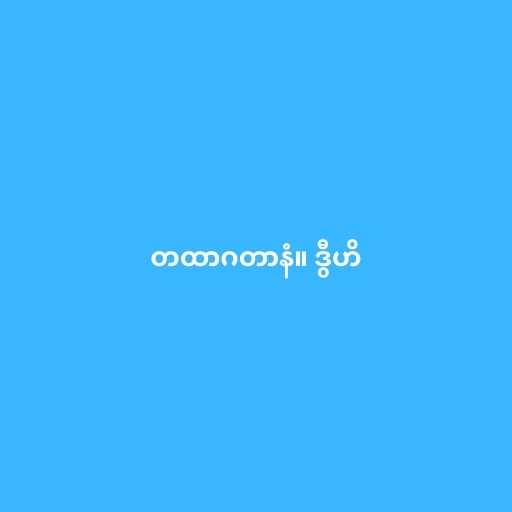
တထာဂတာနံ။ ဒွီဟိ